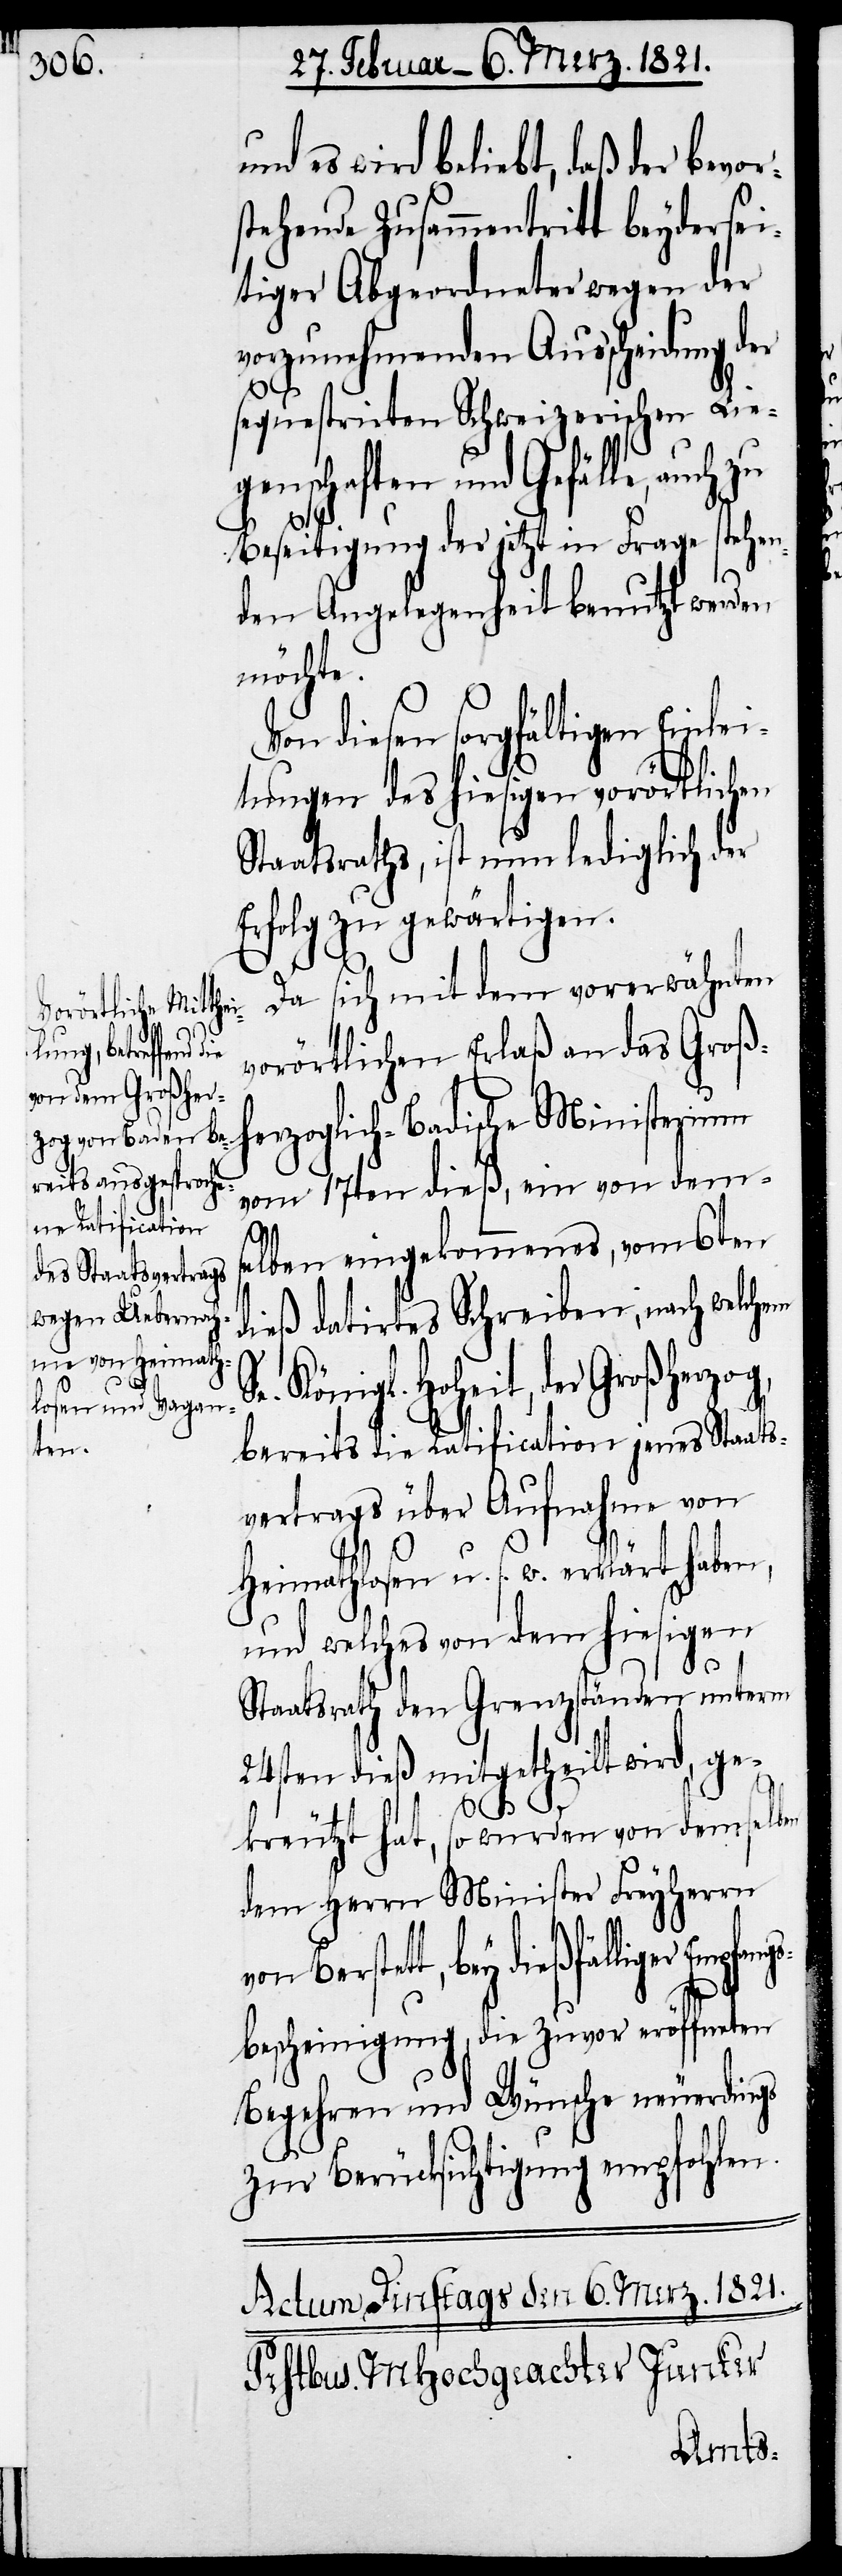
und es wird beliebt, daß der bevor¬
stehende Zusammentritt beydersei¬
tiger Abgeordneter wegen der
vorzunehmenden Ausscheidung d¬
sequestrirten Schweizerischen Lie¬
genschaften und Gefälle, auch
Beseitigung der jetzt in Frage stehen¬
den Angelegenheit benutzt werden
möchte.
Von diesen sorgfältigen Einlei¬
tungen des hiesigen vorörtlichen
Staatsrathes, ist nun lediglich der
Erfolg zu gewärtigen.
Da sich mit dem vorerwähnten
vorörtlichen Erlaß an das Groß¬
herzoglich-Badische Ministerium
vom 17ten dieß, ein von dem¬
Se.
selben eingekommenes, vom 6ten
dieß datirtes Schreiben, nach welchem
l. Hoheit, der Großherzog,
bereits die Ratification jenes Staats¬
vertrags über Aufnahme von
Heimathlosen u. s. w. erklärt haben,
und welches von dem hiesigen
er
Staatsrath den Grenzständen unterm
24sten dieß mitgetheilt wird, ge¬
kreutzt hat, so wurden von demselben
dem Herrn Minister Freyherrn
Berstett, bey dießfälliger Empf¬
bescheinigung, die zuvor eröffneten
Begehren und Wünsche neuerdings
zur Berücksichtigung empfohlen.
angs¬